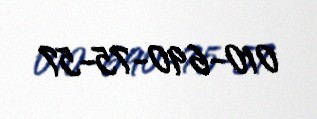
010-690-75-57